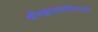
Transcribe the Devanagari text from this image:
श्रीमद्भगवतगीतेमध्ये